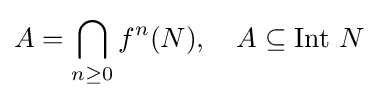
A=\bigcap _{n\geq 0}f^{n}(N),\quad A\subseteq \operatorname {Int} \,N